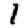
Digit: 1